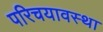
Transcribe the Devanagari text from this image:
परिचयावस्था